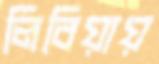
লিবিয়ায়